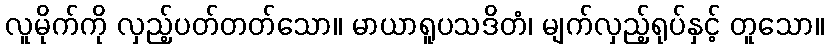
လူမိုက်ကို လှည့်ပတ်တတ်သော။ မာယာရူပသဒိတံ၊ မျက်လှည့်ရုပ်နှင့် တူသော။